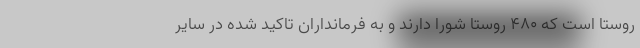
روستا است که ۴۸۰ روستا شورا دارند و به فرمانداران تاکید شده در سایر